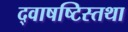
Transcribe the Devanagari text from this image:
द्वाषष्टिस्तथा